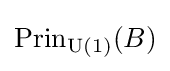
\operatorname {Prin} _{\operatorname {U} (1)}(B)